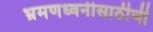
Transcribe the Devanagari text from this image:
भ्रमणध्वनीसाठीची